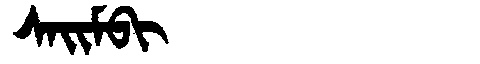
Manchu: ᠰᠠᡳᠮᠪᡳ
Romanization: SAIMBI